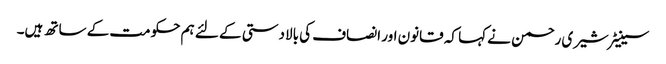
سینیٹر شیری رحمن نے کہا کہ قانون اور انصاف کی بالادستی کے لئے ہم حکومت کے ساتھ ہیں۔